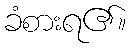
ခံစားရ၏။